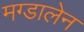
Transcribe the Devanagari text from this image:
मग्डालेन